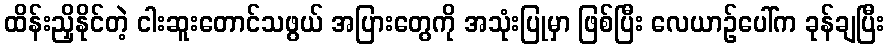
ထိန်းညှိနိုင်တဲ့ ငါးဆူးတောင်သဖွယ် အပြားတွေကို အသုံးပြုမှာ ဖြစ်ပြီး လေယာဉ်ပေါ်က ခုန်ချပြီး